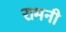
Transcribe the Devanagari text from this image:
रामनी